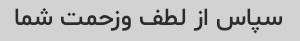
سپاس از لطف وزحمت شما